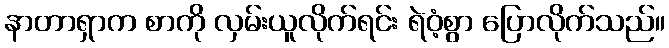
နာတာရှာက စာကို လှမ်းယူလိုက်ရင်း ရဲဝံ့စွာ ပြောလိုက်သည်။